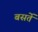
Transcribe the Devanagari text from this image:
बसर्ते